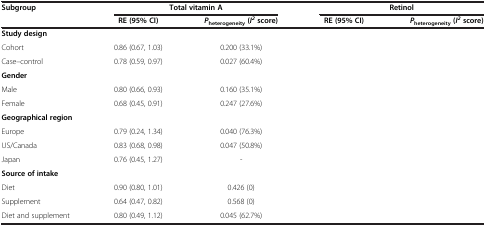
<table><thead><tr><td><b>Subgroup</b></td><td colspan="2"><b>Total vitamin A</b></td><td colspan="2"><b>Retinol</b></td></tr><tr><td>[EMPTY_CELL]</td><td><b>RE (95% CI)</b></td><td><b><i>P</i><sub>heterogeneity </sub>(<i>I</i><sup><i>2 </i></sup>score)</b></td><td><b>RE (95% CI)</b></td><td><b><i>P</i><sub>heterogeneity </sub>(<i>I</i><sup><i>2 </i></sup>score)</b></td></tr></thead><tbody><tr><td><b>Study design</b></td><td colspan="2">[EMPTY_CELL]</td><td>[EMPTY_CELL]</td><td>[EMPTY_CELL]</td></tr><tr><td>Cohort</td><td>0.86 (0.67, 1.03)</td><td>0.200 (33.1%)</td><td>[EMPTY_CELL]</td><td>[EMPTY_CELL]</td></tr><tr><td>Case–control</td><td>0.78 (0.59, 0.97)</td><td>0.027 (60.4%)</td><td>[EMPTY_CELL]</td><td>[EMPTY_CELL]</td></tr><tr><td><b>Gender</b></td><td colspan="2">[EMPTY_CELL]</td><td>[EMPTY_CELL]</td><td>[EMPTY_CELL]</td></tr><tr><td>Male</td><td>0.80 (0.66, 0.93)</td><td>0.160 (35.1%)</td><td>[EMPTY_CELL]</td><td>[EMPTY_CELL]</td></tr><tr><td>Female</td><td>0.68 (0.45, 0.91)</td><td>0.247 (27.6%)</td><td>[EMPTY_CELL]</td><td>[EMPTY_CELL]</td></tr><tr><td><b>Geographical region</b></td><td colspan="2">[EMPTY_CELL]</td><td>[EMPTY_CELL]</td><td>[EMPTY_CELL]</td></tr><tr><td>Europe</td><td>0.79 (0.24, 1.34)</td><td>0.040 (76.3%)</td><td>[EMPTY_CELL]</td><td>[EMPTY_CELL]</td></tr><tr><td>US/Canada</td><td>0.83 (0.68, 0.98)</td><td>0.047 (50.8%)</td><td>[EMPTY_CELL]</td><td>[EMPTY_CELL]</td></tr><tr><td>Japan</td><td>0.76 (0.45, 1.27)</td><td>-</td><td>[EMPTY_CELL]</td><td>[EMPTY_CELL]</td></tr><tr><td><b>Source of intake</b></td><td colspan="2">[EMPTY_CELL]</td><td>[EMPTY_CELL]</td><td>[EMPTY_CELL]</td></tr><tr><td>Diet</td><td>0.90 (0.80, 1.01)</td><td>0.426 (0)</td><td>[EMPTY_CELL]</td><td>[EMPTY_CELL]</td></tr><tr><td>Supplement</td><td>0.64 (0.47, 0.82)</td><td>0.568 (0)</td><td>[EMPTY_CELL]</td><td>[EMPTY_CELL]</td></tr><tr><td>Diet and supplement</td><td>0.80 (0.49, 1.12)</td><td>0.045 (62.7%)</td><td>[EMPTY_CELL]</td><td>[EMPTY_CELL]</td></tr></tbody></table>